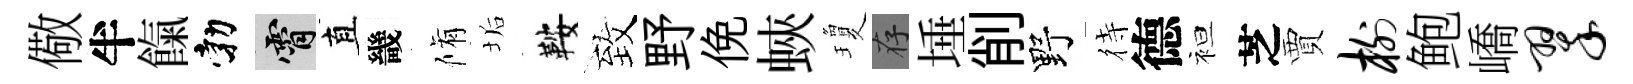
儆半餼勃霄直畿脩垢鞍致野俛蛺瓊存埵削野待德袒芝賈榭鲍嶠翠